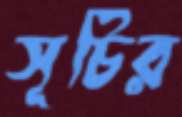
সূচির